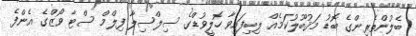
ބެލުންތެރިންގެ ބޮޑު މަޤުބޫލުކަމެއް ލިބިފައިވާ ހޮލީވުޑްގެ ސިލްސިލާ ފިލްމް ސްޓާ ވޯޒްގެ އެންފެ